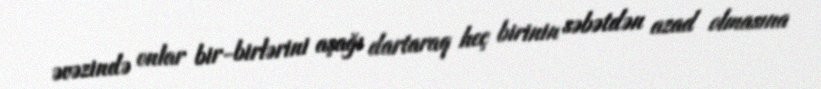
əvəzində onlar bir-birlərini aşağı dartaraq heç birinin səbətdən azad olmasına